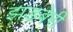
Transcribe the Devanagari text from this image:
झड़बेरी